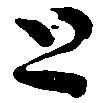
と